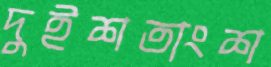
দুইশতাংশ